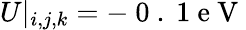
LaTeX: U|_{i,j,k}=-\mathrm{~0~.~1~e~V~}